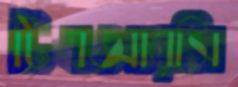
টিএআরসি